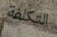
التكلفة